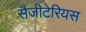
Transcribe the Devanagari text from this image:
सैजीटेरियस